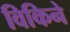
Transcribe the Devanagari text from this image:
विकिने